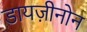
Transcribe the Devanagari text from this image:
डायज़ीनोन